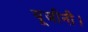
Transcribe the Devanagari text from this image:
यूजीनी।